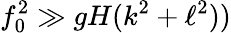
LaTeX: f_{0}^{2}\gg gH(k^{2}+\ell^{2}))